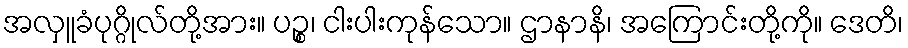
အလှူခံပုဂ္ဂိုလ်တို့အား။ ပဉ္စ၊ ငါးပါးကုန်သော။ ဌာနာနိ၊ အကြောင်းတို့ကို။ ဒေတိ၊